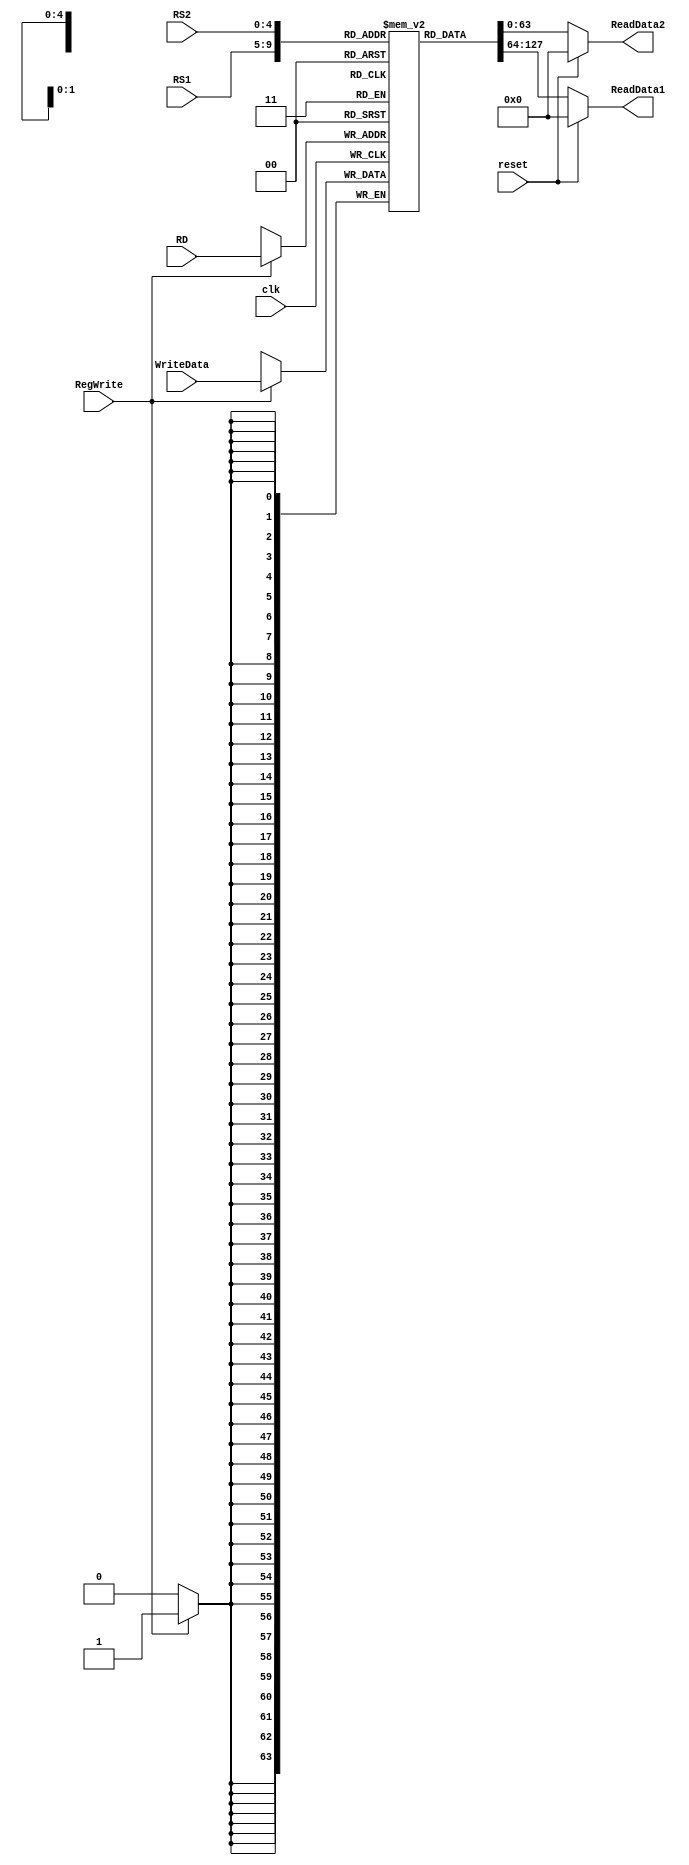
`timescale 1ns / 1ps

module Register_File(
    WriteData,
    RS1,
    RS2,   
    RD,   
    RegWrite,   
    clk,   
    reset,   
    ReadData1,   
    ReadData2 
    );
    // inputs
    input [63:0] WriteData;
    input [4:0] RS1;
    input [4:0] RS2;
    input [4:0] RD;
    input RegWrite;
    input clk;
    input reset;
    // outputs
    output reg [63:0] ReadData1;
    output reg [63:0] ReadData2;
    // initializing an array of registers
    reg [63:0] Registers [31:0];
    // putting random values into the registers
    integer k;
    initial
    begin
    for (k = 0 ; k < 31 ; k = k + 1)
        Registers[k] = 0;
    end
//initial begin
//        Registers[0] <= 64'd1; 
//        Registers[1] <= 64'd2; 
//        Registers[2] <= 64'd3; 
//        Registers[3] <= 64'd4; 
//        Registers[4] <= 64'd5; 
//        Registers[5] <= 64'd6; 
//        Registers[6] <= 64'd7; 
//        Registers[7] <= 64'd8; 
//        Registers[8] <= 64'd9; 
//        Registers[9] <= 64'd10; 
//        Registers[10] <= 64'd11; 
//        Registers[11] <= 64'd12; 
//        Registers[12] <= 64'd13; 
//        Registers[13] <= 64'd14; 
//        Registers[14] <= 64'd15; 
//        Registers[15] <= 64'd16; 
//        Registers[16] <= 64'd17; 
//        Registers[17] <= 64'd18; 
//        Registers[18] <= 64'd19; 
//        Registers[19] <= 64'd20; 
//        Registers[20] <= 64'd21; 
//        Registers[21] <= 64'd22; 
//        Registers[22] <= 64'd23; 
//        Registers[23] <= 64'd24; 
//        Registers[24] <= 64'd25; 
//        Registers[25] <= 64'd26; 
//        Registers[26] <= 64'd27; 
//        Registers[27] <= 64'd28; 
//        Registers[28] <= 64'd29; 
//        Registers[29] <= 64'd30; 
//        Registers[30] <= 64'd31;
//        Registers[31] <= 64'd32; 
//    end 
    // reading
    always @(*)
    begin
    if (reset) 
       begin
       ReadData1 = 0; 
       ReadData2 = 0;
       end
       else begin
       // reading the register values and storing
        ReadData1 <= Registers[RS1]; 
        ReadData2 <= Registers[RS2];
        end
      end
    // writing
    always @(posedge clk)
    begin 
       if (RegWrite)
       begin
       Registers[RD] <= WriteData;
       end
    end
endmodule